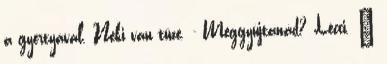
a gyertyával. Neki van tüze. - Meggyújtanád? Lécci. –